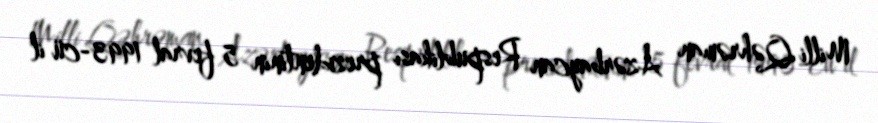
Milli Qəhrəman Azərbaycan Respublikası prezidentinin 5 fevral 1993-cü il